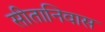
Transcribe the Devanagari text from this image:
सीतानिवास